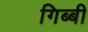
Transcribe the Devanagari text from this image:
गिब्बी